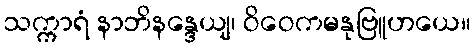
သက္ကာရံ နာဘိနန္ဒေယျ၊ ဝိဝေကမနုဗြူဟယေ။